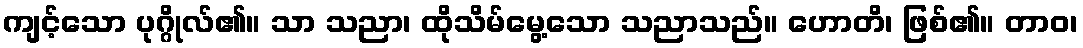
ကျင့်သော ပုဂ္ဂိုလ်၏။ သာ သညာ၊ ထိုသိမ်မွေ့သော သညာသည်။ ဟောတိ၊ ဖြစ်၏။ တာဝ၊